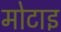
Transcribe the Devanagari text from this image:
मोटाइ